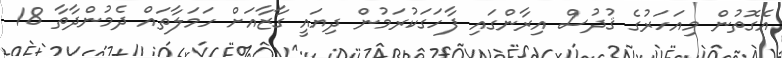
އެގޮތުން މިއަހަރުގެ ޤުދުސް އިރާންގައި ފާހަގަކުރަމުން ދިޔައީ ގާޒާއަށް ހަމަލާތައް ދެމުންދާތާ 18